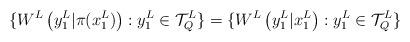
LaTeX: \begin{align*}\{ W^{L} \left( y_1^L | \pi(x_1^L) \right) : y_1^L \in \mathcal{T}_{Q}^{L} \} = \{ W^{L} \left( y_1^L | x_1^L \right) : y_1^L \in \mathcal{T}_{Q}^{L} \}\end{align*}